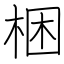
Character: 梱